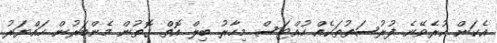
އެކަން ކުރެވޭނެ ފުރުސަތުތަކެއް ހުއްޓަސް މިހާރު ބިލް އޮތް ގޮތުން މެންބަރުން ހައްޔަރު